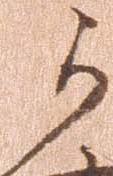
可